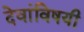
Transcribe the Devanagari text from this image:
देवांविषयी